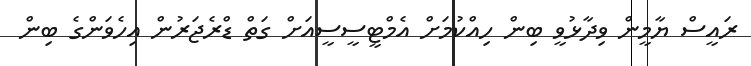
ރައީސް ޔާމީން ވިދާޅުވީ ބިން ހިއްކުމަށް އެމްޓީސީސީއަށް ގަތް ޑްރެޖަރުން އިހެވަންގެ ބިން